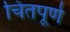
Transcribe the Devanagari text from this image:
चिंतपूर्ण